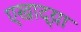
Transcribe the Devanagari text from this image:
एखाद्य़ा